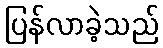
ပြန်လာခဲ့သည်